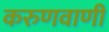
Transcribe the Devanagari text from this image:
करुणवाणी